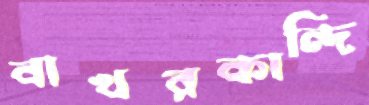
বাখরকান্দি